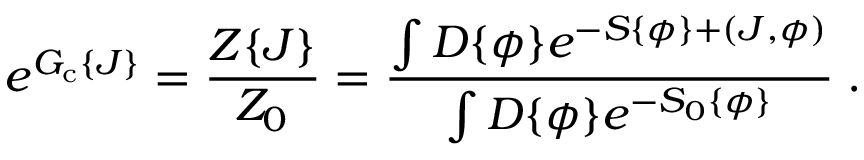
e ^ { { \cal { G } } _ { \mathrm { c } } \{ J \} } = \frac { { \cal { Z } } \{ J \} } { { \cal { Z } } _ { 0 } } = \frac { \int { \cal { D } } \{ \phi \} e ^ { - S \{ \phi \} + ( J , \phi ) } } { \int { \cal { D } } \{ \phi \} e ^ { - S _ { 0 } \{ \phi \} } } \; .